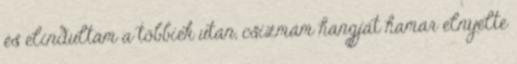
és elindultam a többiek után, csizmám hangját hamar elnyelte